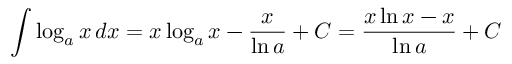
\int \log _ { a } x \, d x = x \log _ { a } x - { \frac { x } { \ln a } } + C = { \frac { x \ln x - x } { \ln a } } + C